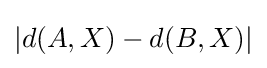
|d(A,X)-d(B,X)|